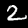
Label: 2